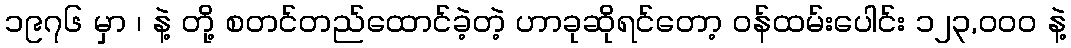
၁၉၇၆ မှာ ၊ နဲ့ တို့ စတင်တည်ထောင်ခဲ့တဲ့ ဟာခုဆိုရင်တော့ ဝန်ထမ်းပေါင်း ၁၂၃,၀၀၀ နဲ့